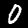
Label: 0